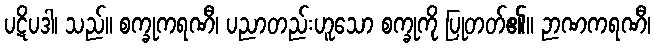
ပဋိပဒါ၊ သည်။ စက္ခုကရဏီ၊ ပညာတည်းဟူသော စက္ခုကို ပြုတတ်၏။ ဉာဏကရဏီ၊